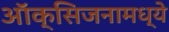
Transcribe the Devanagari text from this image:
ऑक्सिजनामध्ये